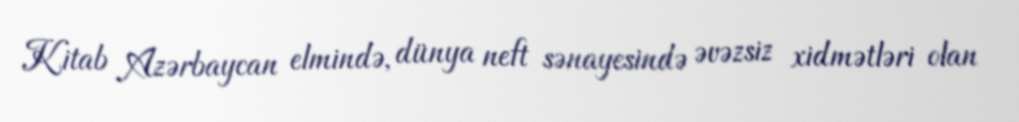
Kitab Azərbaycan elmində, dünya neft sənayesində əvəzsiz xidmətləri olan